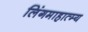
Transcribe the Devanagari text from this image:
लिंगमाहात्म्य